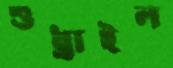
শুধ্‌রাইল